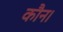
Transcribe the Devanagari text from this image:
कौन।